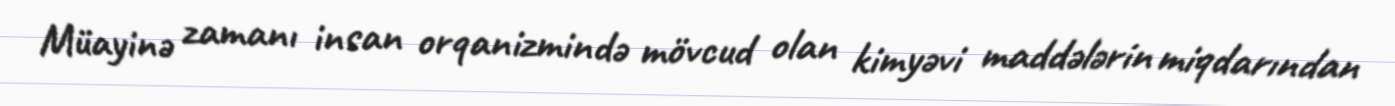
Müayinə zamanı insan orqanizmində mövcud olan kimyəvi maddələrin miqdarından